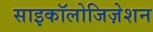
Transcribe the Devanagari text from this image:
साइकॉलोजिज़ेशन